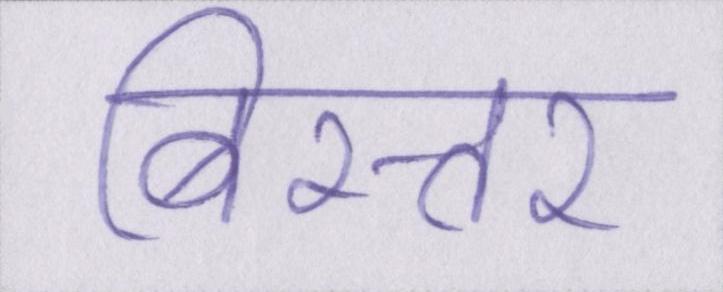
बिस्तर